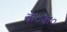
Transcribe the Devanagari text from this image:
के०के०